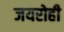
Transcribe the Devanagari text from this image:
जयरोही